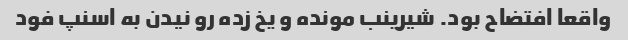
واقعا افتضاح بود. شیرینب مونده و یخ زده رو نیدن به اسنپ فود